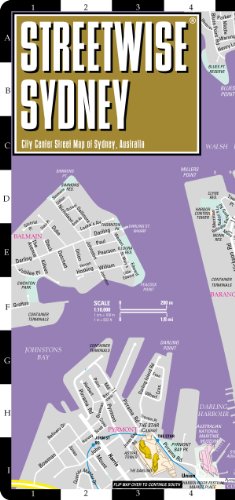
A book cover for Streetwise Sydney Map - Laminated City Center Street Map of Sydney, Australia; Streetwise Maps; Biographies & Memoirs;